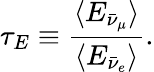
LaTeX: \tau_{E}\equiv\frac{\langle E_{\bar{\nu}_{\mu}}\rangle}{\langle E_{\bar{\nu}_{e}}\rangle}.